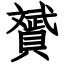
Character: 贇